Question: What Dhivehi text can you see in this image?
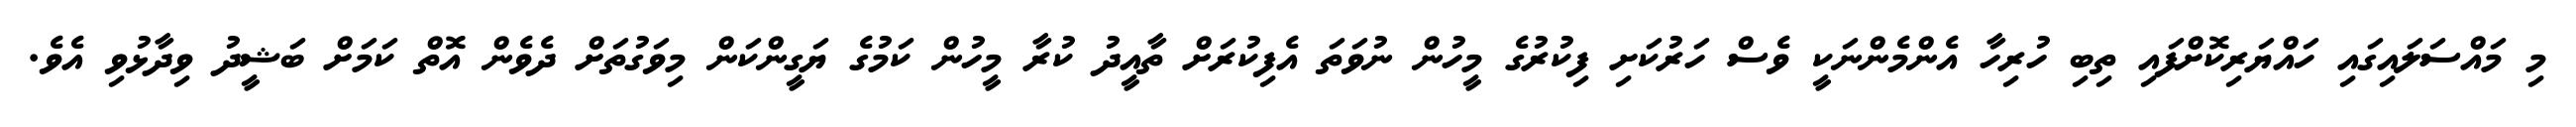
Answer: މި މައްސަލައިގައި ހައްޔަރިކޮށްފައި ތިބި ހުރިހާ އެންމެންނަކީ ވެސް ހަރުކަށި ފިކުރުގެ މީހުން ނުވަތަ އެފިކުރަށް ތާއީދު ކުރާ މީހުން ކަމުގެ ޔަގީންކަން މިވަގުތަށް ދެވެން އޮތް ކަމަށް ބަޝީދު ވިދާޅުވި އެވެ.